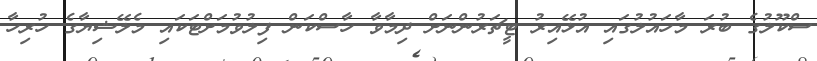
ސްކޫލުގެ ބުރަ މާހައުލުގައި އުޅޭއިރު ޓީޗަރުންނަށް ދިމާވާ ހާސްކަން ފިލުވުމަށްޓަކައި މެލޭޝިޔާގެ ހުރިހާ